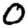
Digit: 0